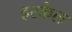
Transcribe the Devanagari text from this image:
हस्केल